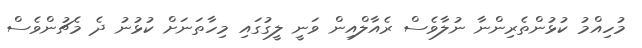
މުހިއްމު ކުޅުންތެރިންނާ ނުލާވެސް ރެއާލްއިން ވަނީ ލީގުގައި މިހާތަނަށް ކުޅުނު ދެ މެޗުންވެސް